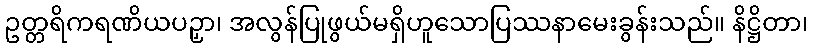
ဥတ္တရိကရဏိယပဉှာ၊ အလွန်ပြုဖွယ်မရှိဟူသောပြဿနာမေးခွန်းသည်။ နိဋ္ဌိတာ၊